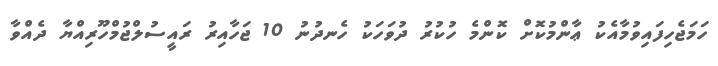
ހަމަޖެހިފައިވުމާއެކު ޢާންމުކޮށް ކޮންމެ ހުކުރު ދުވަހަކު ހެނދުނު 10 ޖަހާއިރު ރައީސުލްޖުމްހޫރިއްޔާ ދެއްވާ